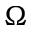
\Omega